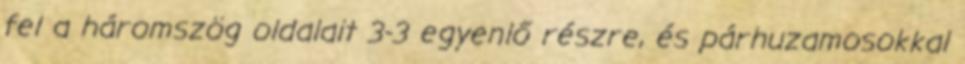
fel a háromszög oldalait 3-3 egyenlő részre, és párhuzamosokkal